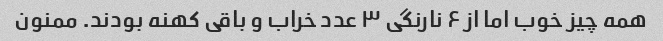
همه چیز خوب اما از ۶ نارنگی ۳ عدد خراب و باقی کهنه بودند. ممنون